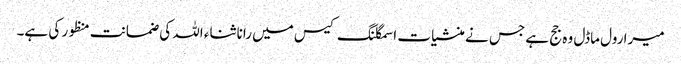
میرا رول ماڈل وہ جج ہے جس نے منشیات اسمگلنگ کیس میں رانا ثناء اللہ کی ضمانت منظور کی ہے۔